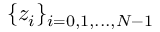
\{ z _ { i } \} _ { i = 0 , 1 , . . . , N - 1 }